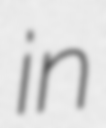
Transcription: in